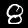
Digit: 8